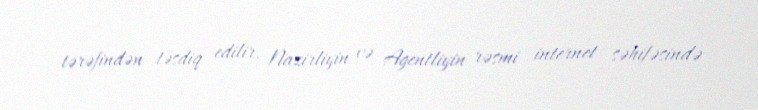
tərəfindən təsdiq edilir, Nazirliyin və Agentliyin rəsmi internet səhifəsində